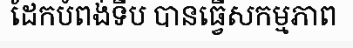
ដែកបំពង់ទីប បានធ្វើសកម្មភាព